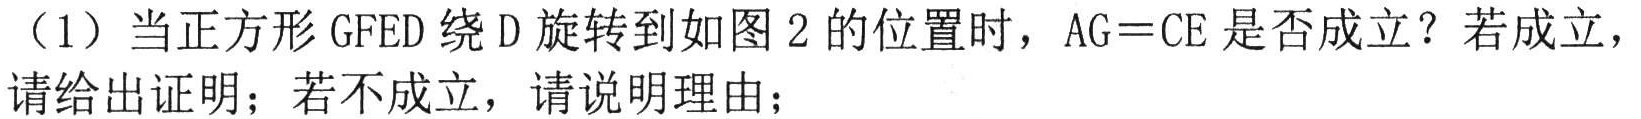
（1）当正方形GFED绕D旋转到如图2的位置时，AG＝CE是否成立？若成立，请给出证明；若不成立，请说明理由；